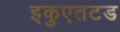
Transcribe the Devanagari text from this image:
इकुएतटड